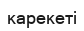
карекеті